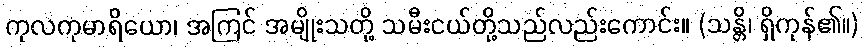
ကုလကုမာရိယော၊ အကြင် အမျိုးသတို့ သမီးငယ်တို့သည်လည်းကောင်း။ (သန္တိ၊ ရှိကုန်၏။)